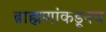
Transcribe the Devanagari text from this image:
ब्राह्मणांकडूनच